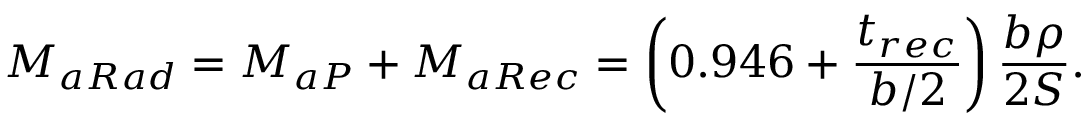
M _ { a R a d } = M _ { a P } + M _ { a R e c } = \left( 0 . 9 4 6 + \frac { t _ { r e c } } { b / 2 } \right) \frac { b \rho } { 2 S } .